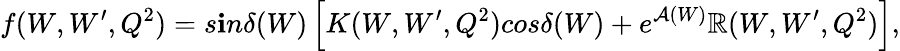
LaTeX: f(W,W^{\prime},Q^{2})=s\mathbf{i}n\delta(W)\left[K(W,W^{\prime},Q^{2})cos\delta(W)+e^{\mathcal{A}(W)}\mathbb{R}(W,W^{\prime},Q^{2})\right],